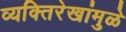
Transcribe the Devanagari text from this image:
व्यक्तिरेखांमुळे